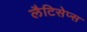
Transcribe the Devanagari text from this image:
लैटिसेप्स